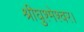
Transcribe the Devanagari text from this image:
श्रीघुश्मेश्वर।